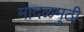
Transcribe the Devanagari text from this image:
मादळमुठी